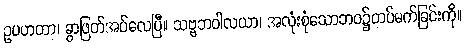
ဥပဟတာ၊ ခွာဖြတ်အပ်လေပြီ။ သဗ္ဗဘဝါလယာ၊ အလုံးစုံသောဘဝ၌တပ်မက်ခြင်းကို။